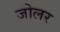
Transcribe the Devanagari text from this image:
जोलर